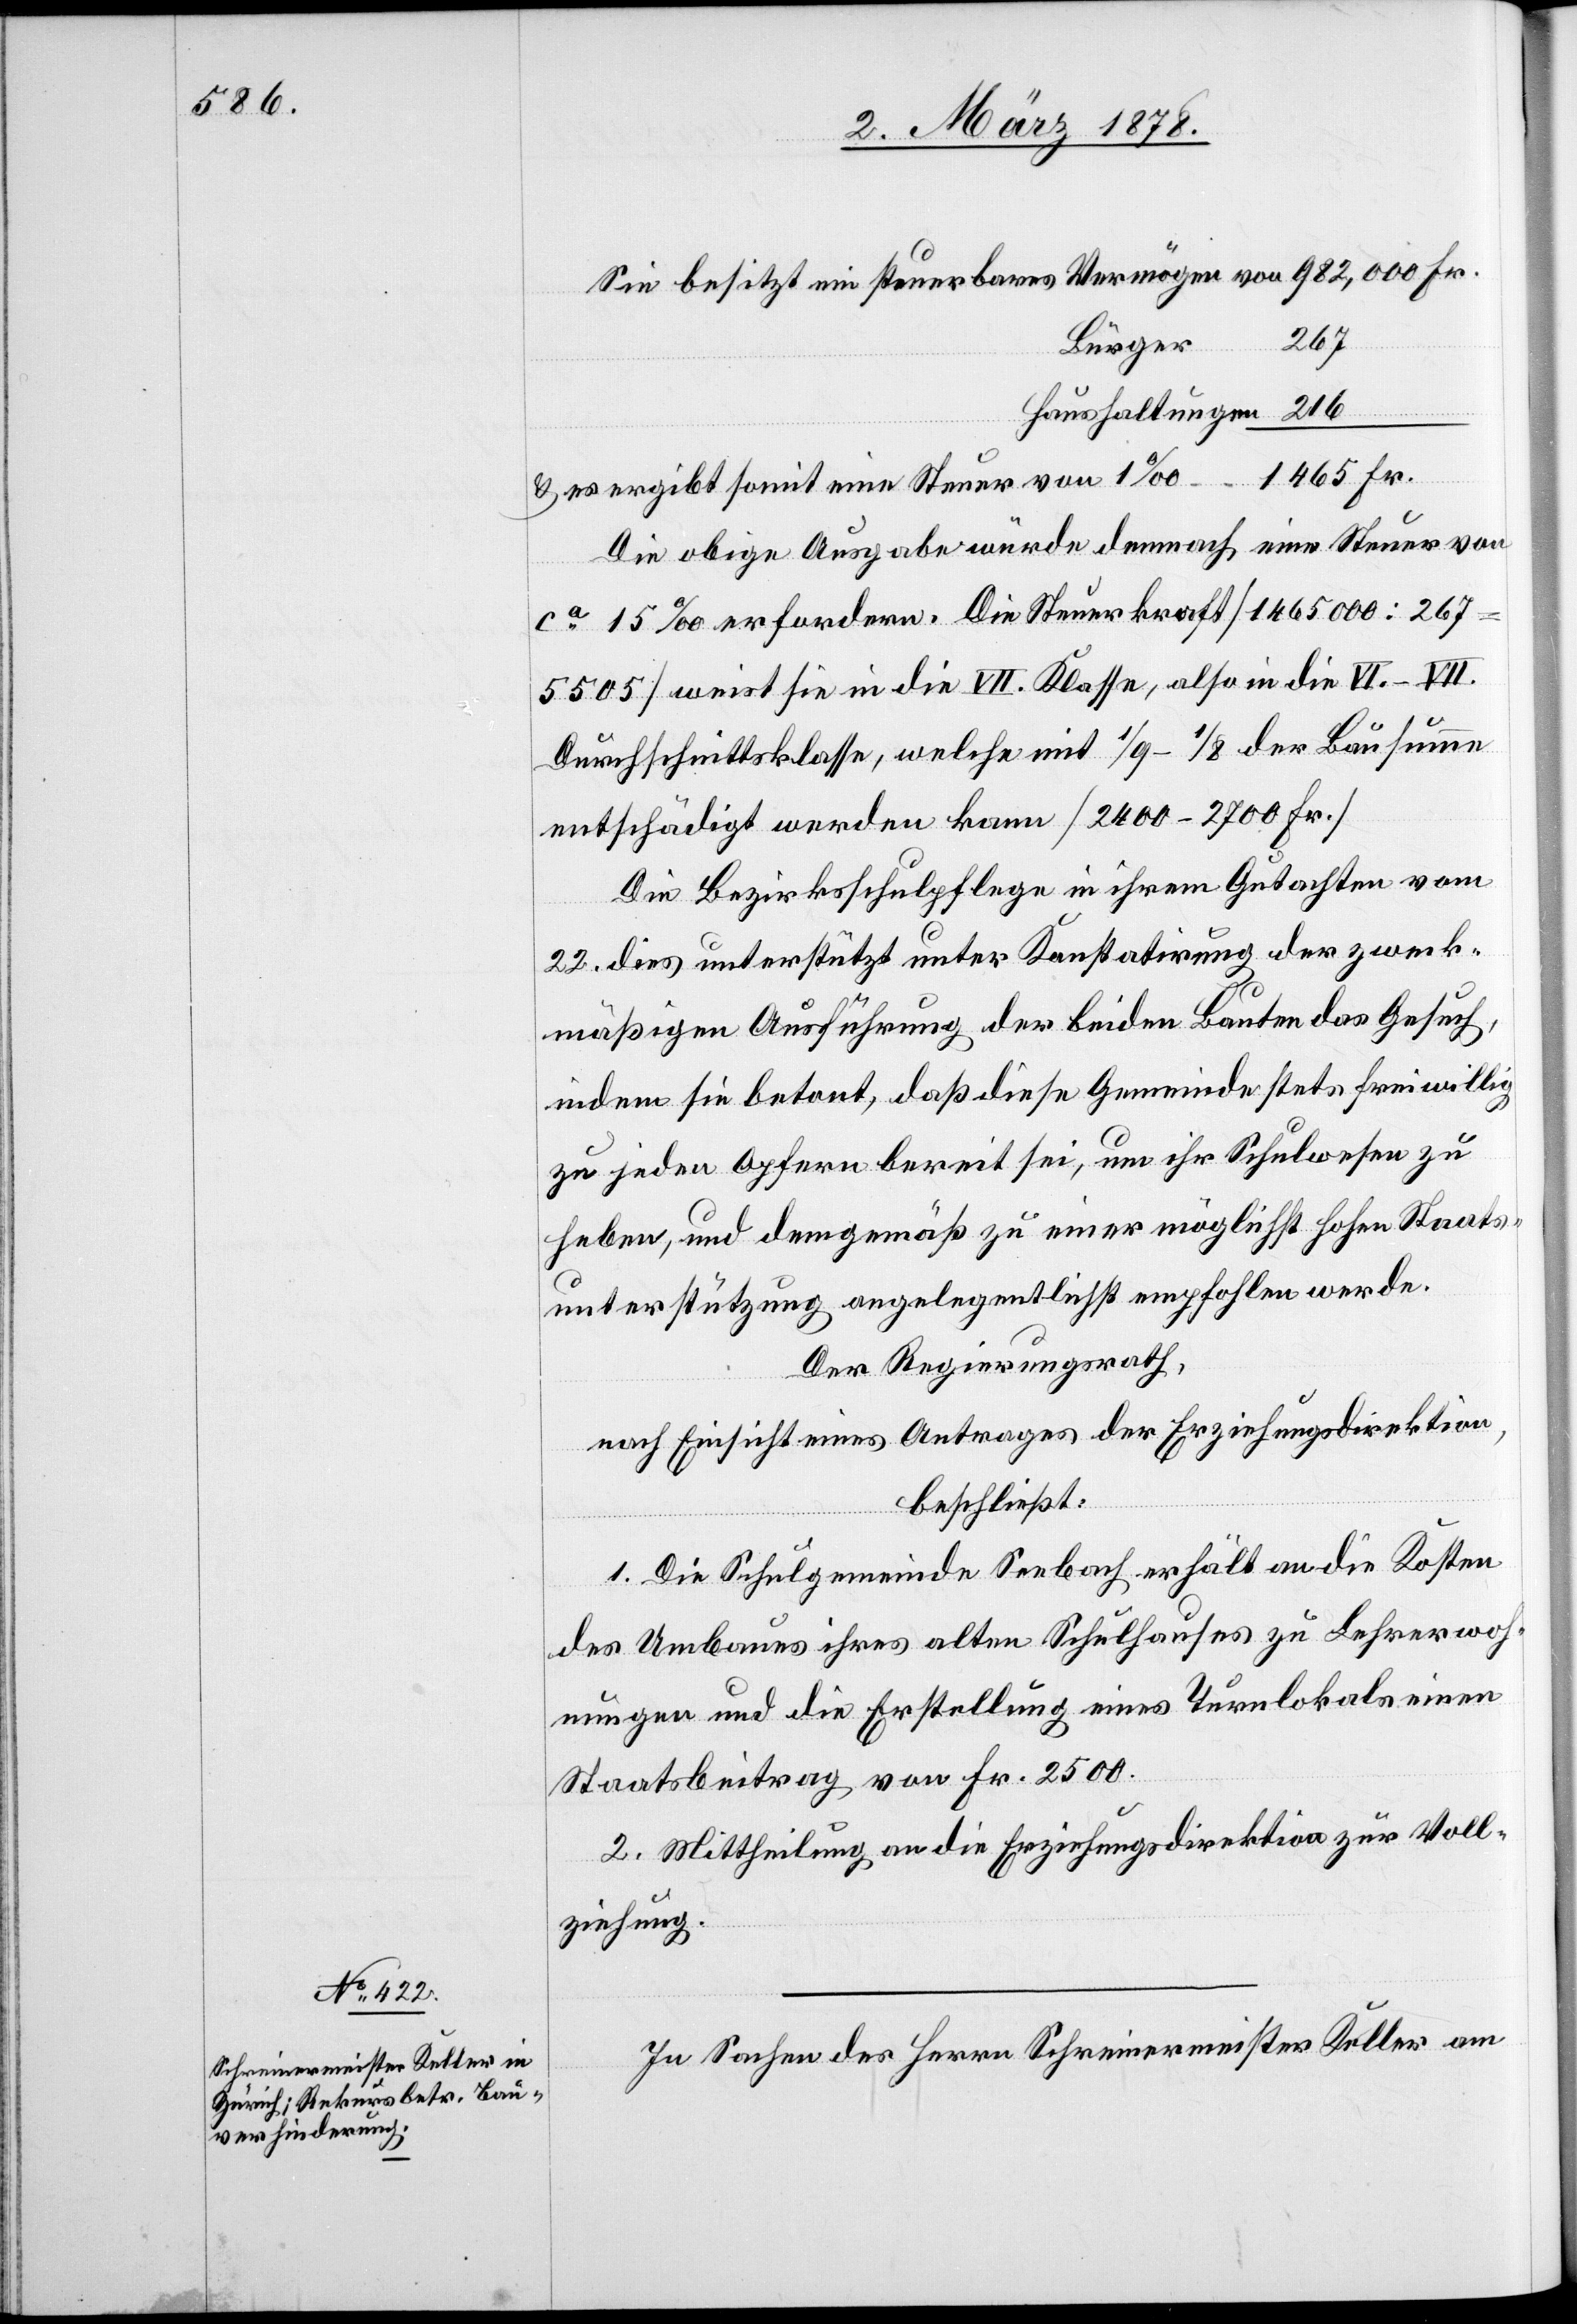
Sie bezieht ein steuerbares Vermögen von 982,000 Fr.
Bürger 267
Haushaltungen 216
& es ergibt somit eine Steuer von 1‰ 1465 Fr.
Die obige Ausgabe würde demnach eine Steuer von
ca 15‰ erfordern. Die Steuerkraft (146500 : 267
5505) weist sie in die VII. Klasse, also in die VI.–VII.
Durchschnittsklasse, welche mit 1/9 – 1/8 der Bausumme
entschädigt werden kann (2400–2700 Fr.)
Die Bezirksschulpflege in ihrem Gutachten vom
22. dies unterstützt unter Konstatirung der zweck¬
mäßigen Ausführung der beiden Bauten das Gesuch,
indem sie betont, daß diese Gemeinde stets freiwillig
zu jeden Opfern bereit sei, um ihr Schulwesen zu
heben, und demgemäß zu einer möglichst hohen Staats¬
unterstützung angelegentlichst empfohlen werde.
Der Regierungsrath,
nach Einsicht eines Antrages der Erziehungsdirektion,
beschließt:
1. Die Schulgemeinde Seebach erhält an die Kosten
des Umbaues ihres alten Schulhauses zu Lehrerwoh¬
nungen und die Erstellung eines Turnlokals einen
Staatsbeitrag von Fr. 2500.
2. Mittheilung an die Erziehungsdirektion zur Voll¬
ziehung.
In Sachen des Herrn Schreinermeisters Keller am